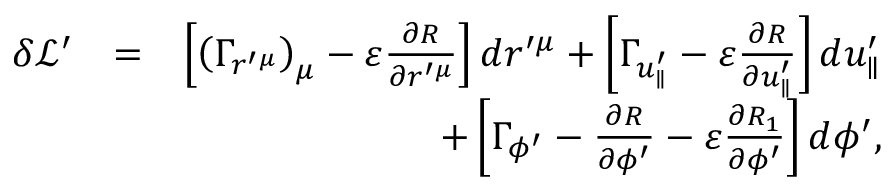
\begin{array} { r l r } { \delta \mathcal { L } ^ { \prime } } & { = } & { \left[ \left( \Gamma _ { r ^ { \prime \mu } } \right) _ { \mu } - \varepsilon \frac { \partial R } { \partial r ^ { \prime \mu } } \right] d r ^ { \prime \mu } + \left[ \Gamma _ { u _ { \parallel } ^ { \prime } } - \varepsilon \frac { \partial R } { \partial u _ { \parallel } ^ { \prime } } \right] d u _ { \parallel } ^ { \prime } } \\ & { } & { + \left[ \Gamma _ { \phi ^ { \prime } } - \frac { \partial R } { \partial \phi ^ { \prime } } - \varepsilon \frac { \partial R _ { 1 } } { \partial \phi ^ { \prime } } \right] d \phi ^ { \prime } , } \end{array}